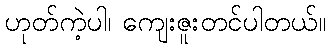
ဟုတ်ကဲ့ပါ၊ ကျေးဇူးတင်ပါတယ်။